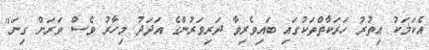
އެކަމަކު އިތުރު ހަރަކާތްތަކުގައި ބައިވެރިވާ ދަރިވަރުންގެ އަދަދު މިހާރު ވެސް ވަރަށް ގިނަ"